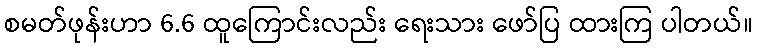
စမတ်ဖုန်းဟာ 6.6 ထူကြောင်းလည်း ရေးသား ဖော်ပြ ထားကြ ပါတယ်။